Annual administration and progress report of the Indian Medical Department, Bombay
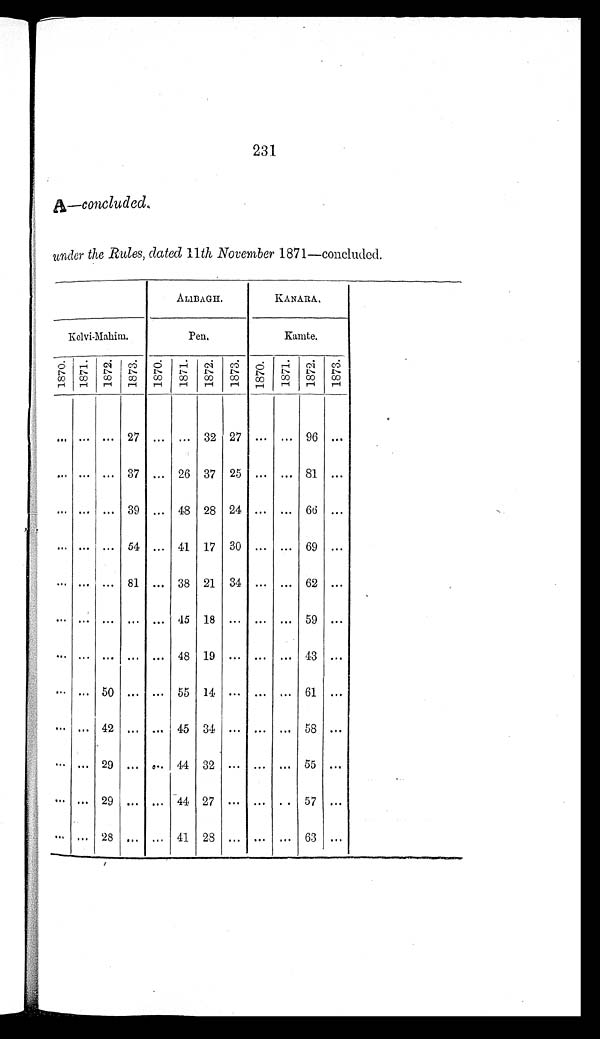
231
A—concluded.
under the Rules, dated 11th November 1871—concluded.
ALIBAGH.
KANARA.
Kelvi-Mahim.
P e n .
Kamt e.
1 8 7 0 .1871. 1872.
1873.
1870.
1871.
1872. 1873. 1870. 1871. 1872.
1 8 7 3 .
. . .
...
...
2 7
. . . ... 32 27 ... ... 96 ...
...
. . . ... 37 ... 26 37 25
. . . ... 81
...
. . . . . . ...
39 ... 48 28 24 ... ...
6 6 ...
... ... ...
54 ... 41 17 30 ... ... 69
. . .
. . . . . .
. . . 81
... 38 21
34 ...
...
62 ...
. . .
. . .
. . .
. . .
. . .
4 5
1 8
. . .
. . .
. . .
5 9
. . .
. . .
. . .
. . .
. . .
. . .
4 8
1 9
. . .
. . .
. . .
4 3
. . .
... ... 50 ...
...
55 14
. . . ...
...
61
... ... 42 ... ... 45 34 ... ... ... 58
. . .
. . . ... 29 ...
. . . 44 32
. . . ...
...
55
. . .
. . . . . . 29
...
... 44 27 ... ... ... 57 ...
. . .
... 28
. . .
. . . 41
28
...
...
...
63
...